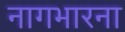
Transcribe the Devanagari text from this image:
नागभारना